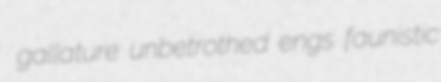
gallature unbetrothed engs faunistic